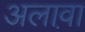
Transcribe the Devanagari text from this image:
अलाव़ा